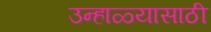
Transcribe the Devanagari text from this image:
उन्हाळ्यासाठी